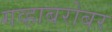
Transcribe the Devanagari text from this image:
गव्हाबरोबर